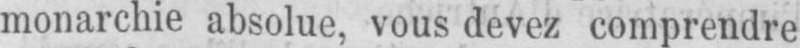
monarchie absolue, vous devez comprendre